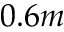
0 . 6 m